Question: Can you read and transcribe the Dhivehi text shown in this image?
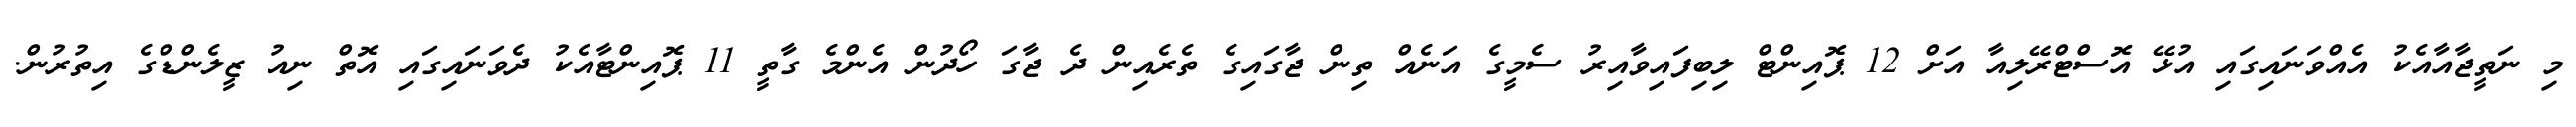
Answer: މި ނަތީޖާއާއެކު އެއްވަނައިގައި އުޅޭ އޮސްޓްރޭލިއާ އަށް 12 ޕޮއިންޓް ލިބިފައިވާއިރު ސެމީގެ އަނެއް ތިން ޖާގައިގެ ތެރެއިން ދެ ޖާގަ ހޯދުން އެންމެ ގާތީ 11 ޕޮއިންޓާއެކު ދެވަނައިގައި އޮތް ނިއު ޒީލެންޑްގެ އިތުރުން.